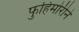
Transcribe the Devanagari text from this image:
फुहिमोरीने